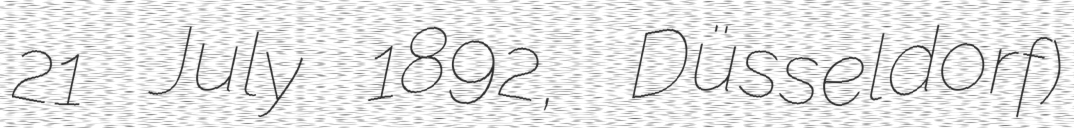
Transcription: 21 July 1892, Düsseldorf)